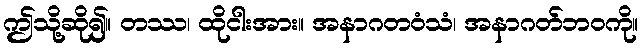
ဤသို့ဆို၍။ တဿ၊ ထိုငါးအား။ အနာဂတဝံသံ၊ အနာဂတ်ဘဝကို။